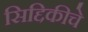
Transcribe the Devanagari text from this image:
सिद्दिकीचे